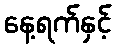
နေ့ရက်နှင့်